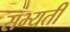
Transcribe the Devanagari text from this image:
सभ्यती